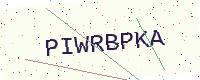
Text: PIWRBPKA